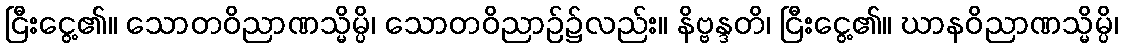
ငြီးငွေ့၏။ သောတဝိညာဏသ္မိမ္ပိ၊ သောတဝိညာဉ်၌လည်း။ နိဗ္ဗန္ဒတိ၊ ငြီးငွေ့၏။ ဃာနဝိညာဏသ္မိမ္ပိ၊